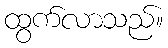
ထွက်လာသည်။